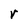
Character: r